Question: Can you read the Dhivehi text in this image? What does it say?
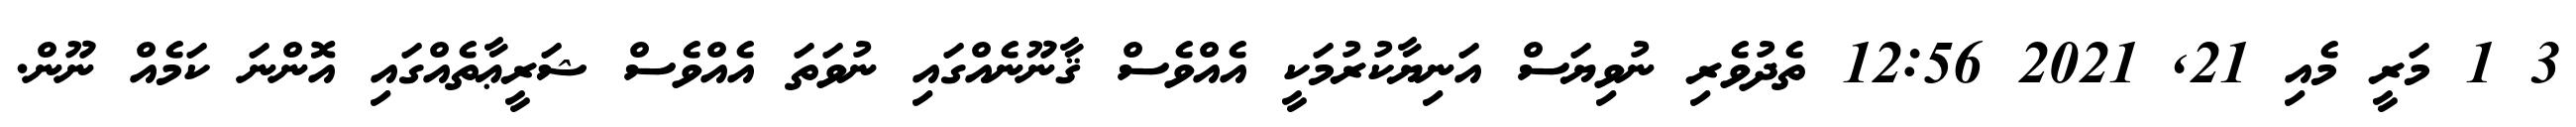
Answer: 3 1 މަރީ މެއި 21, 2021 12:56 ތެދުވެރި ނުވިޔަސް އަނިޔާކުރުމަކީ އެއްވެސް ޤާނޫނެއްގައި ނުވަތަ އެއްވެސް ޝަރީޢާތެއްގައި އޮންނަ ކަމެއް ނޫން.